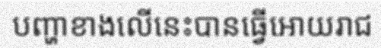
បញ្ហាខាងលើនេះបានធ្វើអោយរាជ